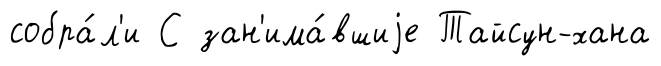
собра́л'и С зан'има́вшиjе Тайсун-хана